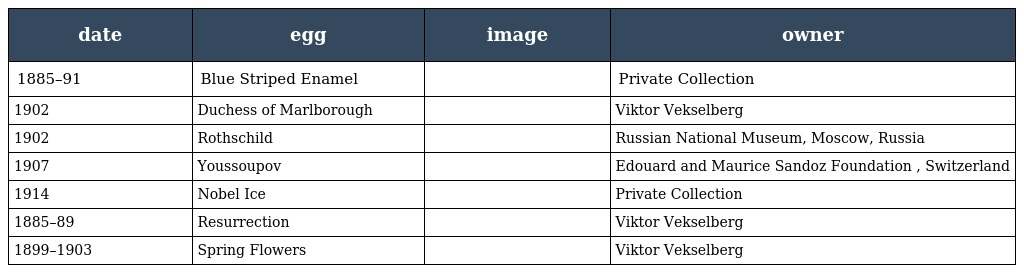
| date | egg | image | owner |
 | --- | --- | --- | --- |
 | 1885–91 | Blue Striped Enamel |  | Private Collection |
 | 1902 | Duchess of Marlborough |  | Viktor Vekselberg |
 | 1902 | Rothschild |  | Russian National Museum, Moscow, Russia |
 | 1907 | Youssoupov |  | Edouard and Maurice Sandoz Foundation , Switzerland |
 | 1914 | Nobel Ice |  | Private Collection |
 | 1885–89 | Resurrection |  | Viktor Vekselberg |
 | 1899–1903 | Spring Flowers |  | Viktor Vekselberg |